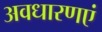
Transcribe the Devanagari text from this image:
अवधारणएं